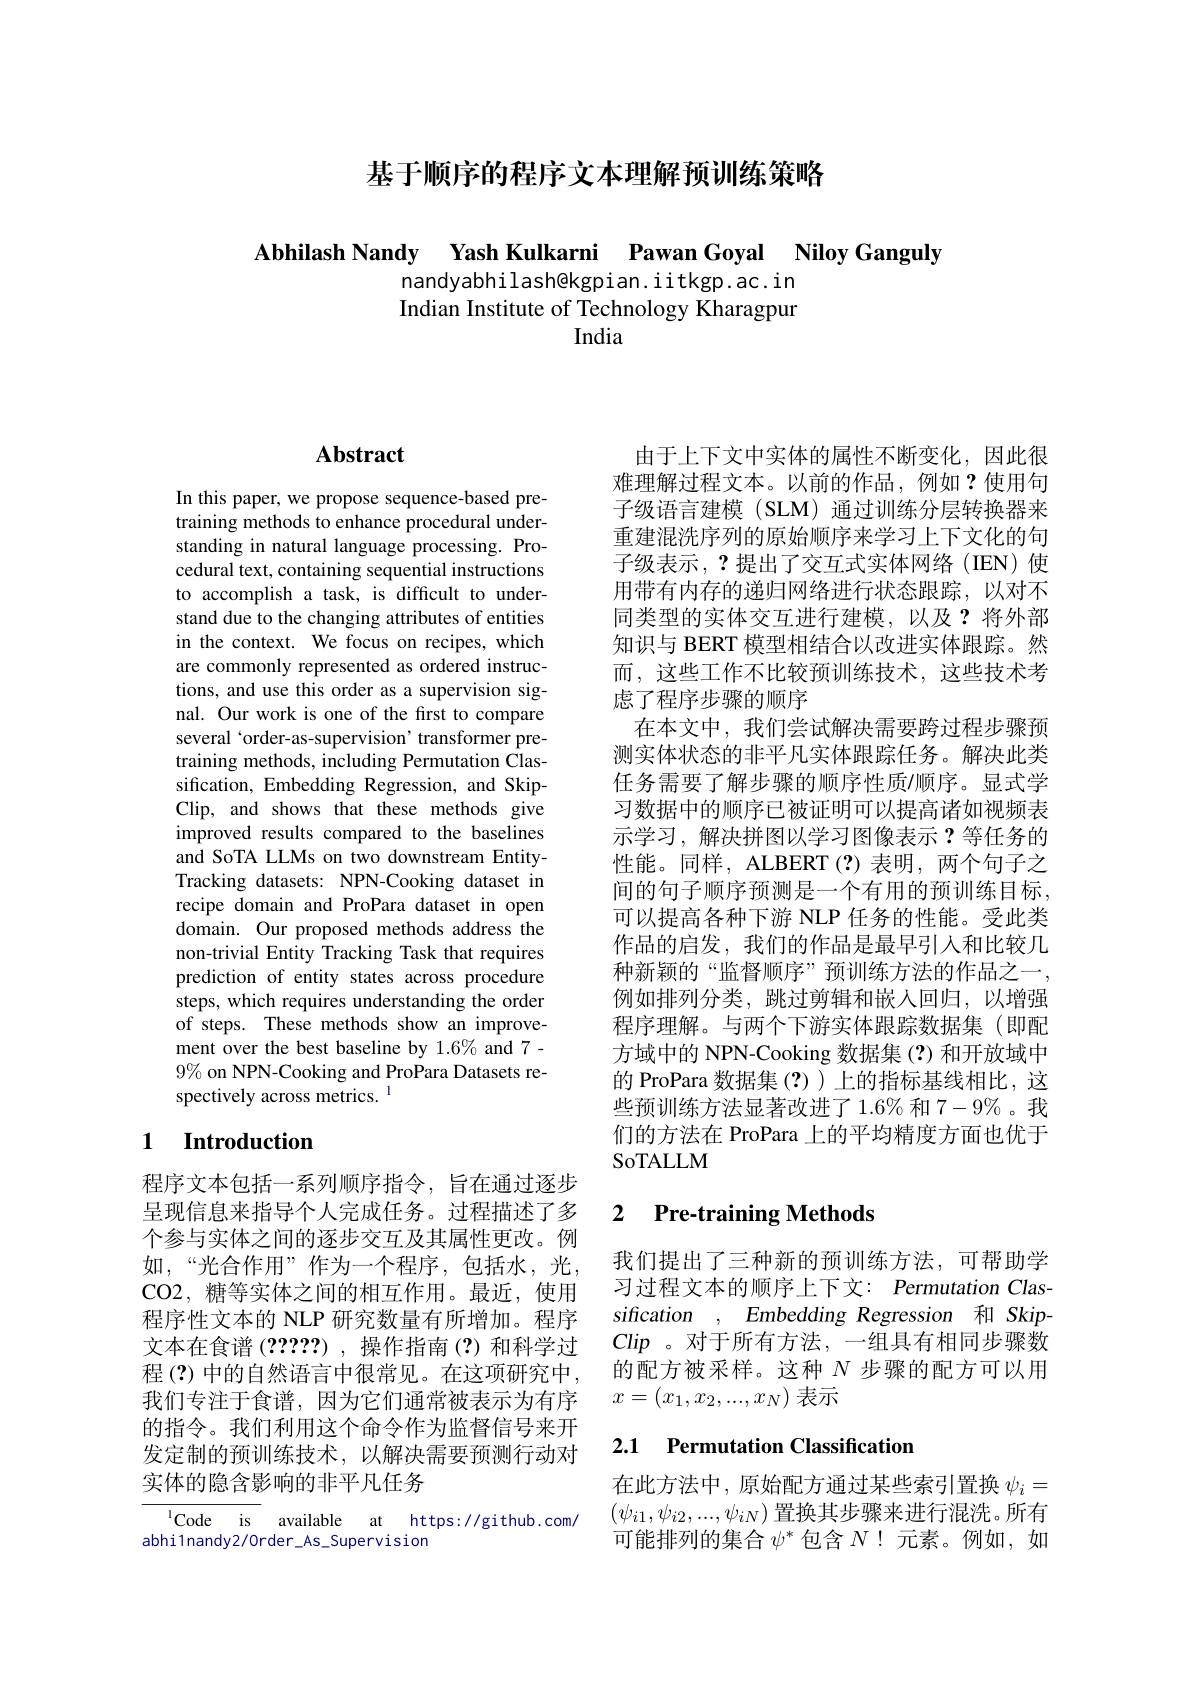
基于顺序的程序文本理解预训练策略

Abhilash Nandy Yash Kulkarni Pawan Goyal Niloy Ganguly

nandyabhilashekgpian.iitkgp.ac.in Indian Institute of Technology Kharagpur
India

# Abstract

In this paper, we propose sequence-based pretraining methods to enhance procedural understanding in natural language processing. Procedural text, containing sequential instructions to accomplish a task, is difficult to understand due to the changing attributes of entities in the context. We focus on recipes, which are commonly represented as ordered instructions, and use this order as a supervision signal. Our work is one of the first to compare several 'order-as-supervision'transformer pretraining methods, including Permutation Classification, Embedding Regression, and SkipClip, and shows that these methods give improved results compared to the baselines and SoTA LLMs on two downstream EntityTracking datasets: NPN-Cooking dataset in recipe domain and ProPara dataset in open domain. Our proposed methods address the non-trivial Entity Tracking Task that requires prediction of entity states across procedure steps, which requires understanding the order of steps. These methods show an improvement over the best baseline by 1.6% and 7- $9\%$ on NPN-Cooking and ProPara Datasets respectively across metrics. 1

## 1 $\textbf{Introduction}$

程序文本包括一系列顺序指令，旨在通过逐步呈现信息来指导个人完成任务。过程描述了多个参与实体之间的逐步交互及其属性更改。例如，“光合作用”作为一个程序，包括水，光， CO2, 糖等实体之间的相互作用。最近，使用程序性文本的 NLP 研究数量有所增加。程序文本在食谱 (2???),操作指南 (?)和科学过程 (?) 中的自然语言中很常见。在这项研究中， 我们专注于食谱，因为它们通常被表示为有序的指令。我们利用这个命令作为监督信号来开发定制的预训练技术，以解决需要预测行动对实体的隐含影响的非平凡任务

lCode is available at https://github.com/
abhi1nandy2/0rder_As_Supervision

由于上下文中实体的属性不断变化，因此很难理解过程文本。以前的作品，例如？使用句子级语言建模 (SLM) 通过训练分层转换器来重建混洗序列的原始顺序来学习上下文化的句子级表示，?提出了交互式实体网络(IEN)使用带有内存的递归网络进行状态跟踪，以对不同类型的实体交互进行建模，以及？将外部知识与 BERT 模型相结合以改进实体跟踪。然而，这些工作不比较预训练技术，这些技术考虑了程序步骤的顺序
在本文中，我们尝试解决需要跨过程步骤预测实体状态的非平凡实体跟踪任务。解决此类任务需要了解步骤的顺序性质/顺序。显式学习数据中的顺序已被证明可以提高诸如视频表示学习，解决拼图以学习图像表示 ?等任务的性能。同样，ALBERT(?)表明，两个句子之间的句子顺序预测是一个有用的预训练目标， 可以提高各种下游 NLP 任务的性能。受此类作品的启发，我们的作品是最早引人和比较几种新颖的“监督顺序”预训练方法的作品之一， 例如排列分类，跳过剪辑和嵌入回归，以增强程序理解。与两个下游实体跟踪数据集(即配方域中的 NPN-Cooking 数据集 (?) 和开放域中的 ProPara 数据集 (?))上的指标基线相比，这些预训练方法显著改进了1.6% 和 7-9%。我们的方法在 ProPara 上的平均精度方面也优于SoTALLM

### 2 $\textbf{Pre- training Methods}$

我们提出了三种新的预训练方法，可帮助学习过程文本的顺序上下文：Permutation Classification , Embedding Regression 和 SkipClip 。对于所有方法，一组具有相同步骤数的配方被采样。这种$N$步骤的配方可以用$x=(x_1,x_2,...,x_N)$表示

## 2.1 Permutation Classification

在此方法中，原始配方通过某些索引置换$\psi_i=$ $(\psi_{i1},\psi_{i2},...,\psi_{iN})$置换其步骤来进行混洗。所有可能排列的集合$\psi^*$包含$N$!元素。例如，如